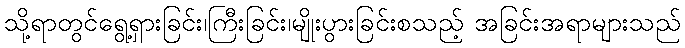
သို့ရာတွင်ရွေ့ရှားခြင်း၊ကြီးခြင်း၊မျိုးပွားခြင်းစသည့် အခြင်းအရာများသည်